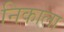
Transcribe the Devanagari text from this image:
निकाला